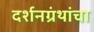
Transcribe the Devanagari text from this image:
दर्शनग्रंथांचा